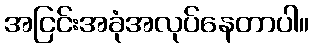
အငြင်းအခုံအလုပ်နေတာပါ။